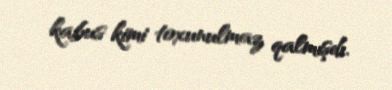
kabus kimi toxunulmaz qalmışdı.